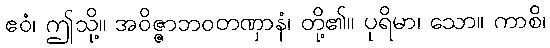
ဧဝံ၊ ဤသို့။ အဝိဇ္ဇာဘဝတဏှာနံ၊ တို့၏။ ပုရိမာ၊ သော။ ကာစိ၊